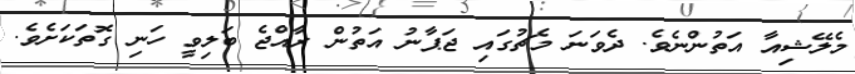
މެލޭޝިއާ އަތުންނެވެ. ދެވަނަ މެޗުގައި ޖަޕާނު އަތުން ރާއްޖެ ބަލިވީ ހަނި ގޮތަކަށެވެ.